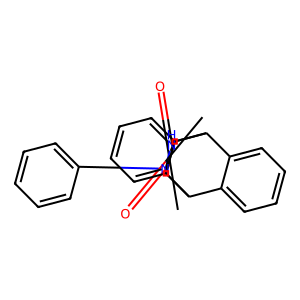
SMILES: O=C1NN(c2ccccc2)C(=O)C2C3c4ccccc4C(c4ccccc43)C12
Inhibits HIV replication: No